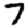
Digit: 7